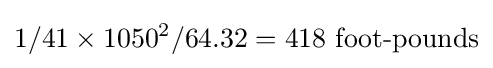
1/41\times 1050^{2}/64.32=418{\text{ foot-pounds}}